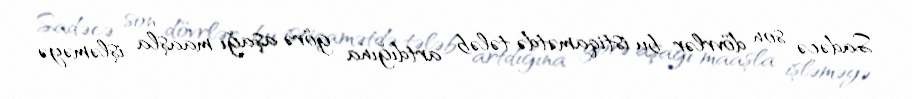
Sadəcə son dövrlər bu istiqamətdə tələb artdığına görə aşağı maaşla işləməyə